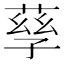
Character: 孶